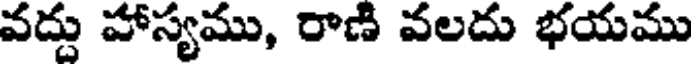
వద్దు హాస్యము, రాణి వలదు భయము